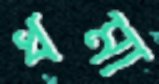
ধমা